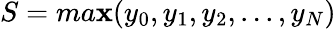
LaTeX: S=ma\mathbf{x}(y_{0},y_{1},y_{2},...,y_{N})